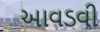
આવડવી